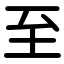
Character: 至